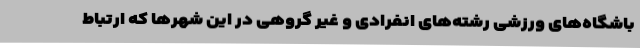
باشگاه‌های ورزشی رشته‌های انفرادی و غیر گروهی در این شهرها که ارتباط